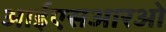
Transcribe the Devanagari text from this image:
आईएसआरओ